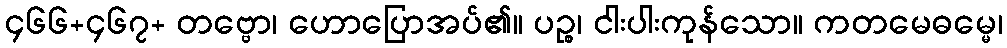
၄၆၆+၄၆၇+ တဗ္ဗော၊ ဟောပြောအပ်၏။ ပဉ္စ၊ ငါးပါးကုန်သော။ ကတမေဓမ္မေ၊